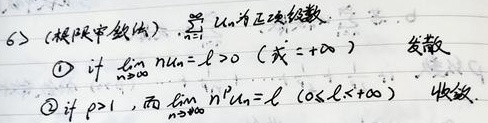
（6）（极限审敛法）：\(\sum_{n = 1}^{\infty}u_n\)为正项级数
\textcircled{1}若\(\lim_{n\rightarrow\infty}nu_n = l>0\)（或\(= +\infty\)），则该级数发散。
\textcircled{2}若\(p > 1\)，\(\lim_{n\rightarrow\infty}n^pu_n = l\)（\(0\leq l<+\infty\)），则该级数收敛。